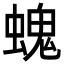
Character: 螝